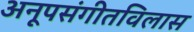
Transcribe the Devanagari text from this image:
अनूपसंगीतविलास